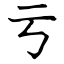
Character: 亏